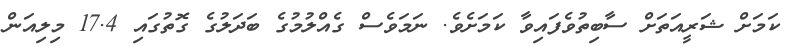
ކަމަށް ޝަރީއަތަށް ސާބިތުވެފައިވާ ކަމަށެވެ. ނަމަވެސް ގެއްލުމުގެ ބަދަލުގެ ގޮތުގައި 17.4 މިލިއަން